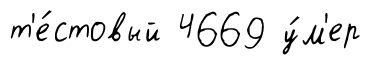
т'е́стовый 4669 у́м'ер